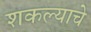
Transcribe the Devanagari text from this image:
शकल्याचे